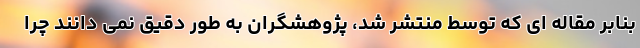
بنابر مقاله ای که توسط منتشر شد، پژوهشگران به طور دقیق نمی دانند چرا